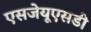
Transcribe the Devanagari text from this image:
एसजेयूएसडी